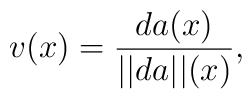
v (x) = {da (x)\over ||da||(x)},